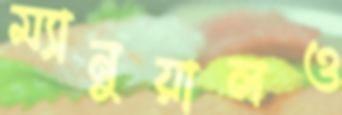
ম্যানুয়ালও